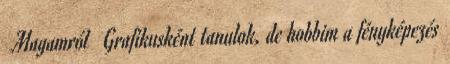
♥ Magamról ♥ Grafikusként tanulok, de hobbim a fényképezés